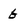
Character: b